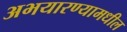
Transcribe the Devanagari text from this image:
अभयारण्यामधील